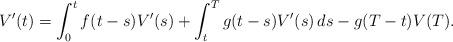
LaTeX: \begin{align*}V'(t) = \int_0^t f(t - s) V'(s) + \int_t^T g(t -s) V'(s) \, ds - g(T -t) V(T).\end{align*}